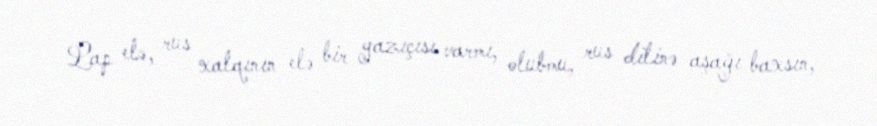
Lap elə, rus xalqının elə bir yazıçısı varmı, olubmu, rus dilinə aşağı baxsın,